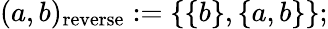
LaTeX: (a,b)_{\mathrm{reverse}}:=\{ \{ b\} ,\{ a,b\} \} ;